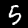
Label: 5